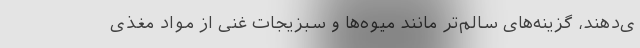
ی‌دهند، گزینه‌های سالم‌تر مانند میوه‌ها و سبزیجات غنی از مواد مغذی